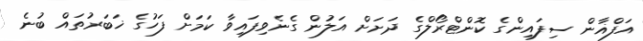
އަފްޣާން ސިފައިންގެ ކޮންޓްރޯލްގެ ދަށަށް އަލުން ގެނެވިފައިވާ ކަމަށް ފަހުގެ ޚަބަރުތައް ބުނެ